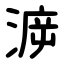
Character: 㴑